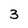
Character: 3